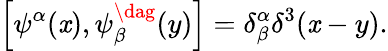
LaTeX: \left[\psi^{\alpha}(\mathit{x}),\psi_{\beta}^{\dag}(y)\right]=\delta_{\beta}^{\alpha}\delta^{3}(\mathit{x}-y).